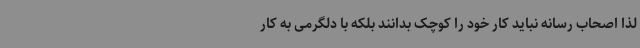
لذا اصحاب رسانه نباید کار خود را کوچک بدانند بلکه با دلگرمی به کار